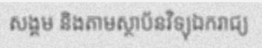
សង្គម និងតាមស្ថាប័នវិទ្យុឯករាជ្យ